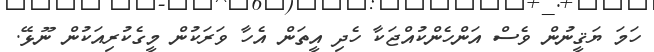
ހަމަ ޔަޤީނުން ވެސް އަންހެންކުއްޖަކާ ހެދި އީތަން އެހާ ވަރަކުން މީގެކުރިއަކުން ނޫޅޭ.